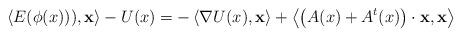
LaTeX: \begin{align*}\left<E(\phi (x))) , \mathbf x\right> - U(x) = - \left<\nabla U(x) , \mathbf x\right> + \left<\left(A(x)+A^t(x)\right)\cdot \mathbf x , \mathbf x \right>\end{align*}